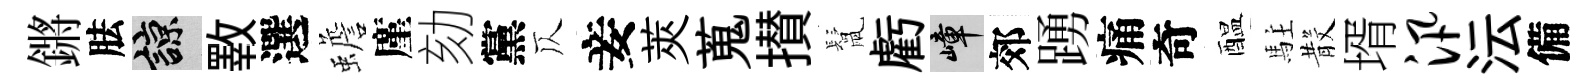
鏘胠諒斁選蟾廑劾黨仄妾莢蒐攅鬛虧嶂郊踴痛奇醖駐𣪚壻汛沄備